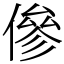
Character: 傪